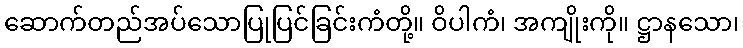
ဆောက်တည်အပ်သောပြုပြင်ခြင်းကံတို့။ ဝိပါကံ၊ အကျိုးကို။ ဋ္ဌာနသော၊